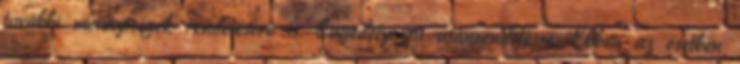
további mennyiségek rendelésére is. Engedélyezett utánrendelésre: Ebben az esetben